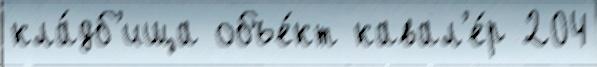
кла́дб'ища объе́кт кавал'е́р 204